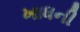
ખાધની